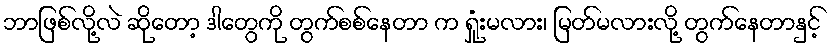
ဘာဖြစ်လို့လဲ ဆိုတော့ ဒါတွေကို တွက်စစ်နေတာ က ရှုံးမလား၊ မြတ်မလားလို့ တွက်နေတာနှင့်